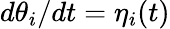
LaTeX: d\theta_{i}/dt=\eta_{i}(t)